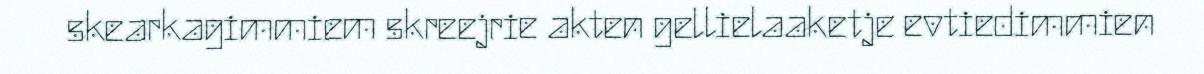
skearkagimmiem skreejrie akten gellielaaketje evtiedimmien